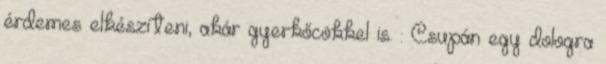
érdemes elkészíteni, akár gyerkőcökkel is. : Csupán egy dologra